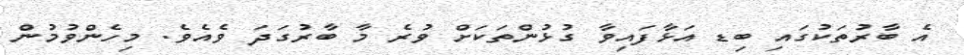
އެ ބާރުތަކުގައި ބިޑ އަޅާފައިވާ ގުޅުންތަކަށް ވުރެ މާ ބާރުގަދަ ވެއެވެ. މިހެންވުމުން